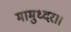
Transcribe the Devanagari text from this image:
मामुध्दर।।